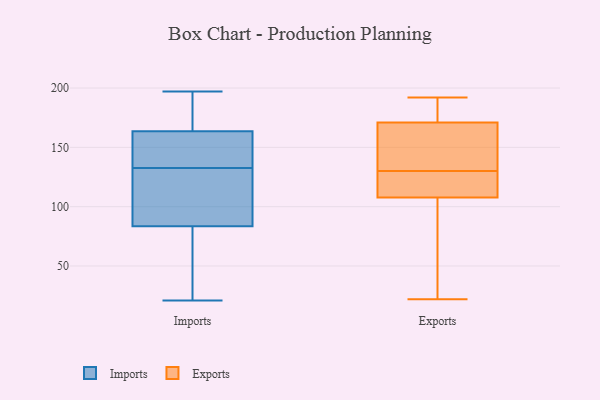
{"axis": {"x": "Net Income (USD K)", "y": "Value"}, "legend": ["Exports", "Imports"], "data": [{"x": "", "y": 197, "type": "Imports"}, {"x": "", "y": 145, "type": "Imports"}, {"x": "", "y": 196, "type": "Imports"}, {"x": "", "y": 85, "type": "Imports"}, {"x": "", "y": 164, "type": "Imports"}, {"x": "", "y": 157, "type": "Imports"}, {"x": "", "y": 21, "type": "Imports"}, {"x": "", "y": 96, "type": "Imports"}, {"x": "", "y": 99, "type": "Imports"}, {"x": "", "y": 72, "type": "Imports"}, {"x": "", "y": 78, "type": "Imports"}, {"x": "", "y": 171, "type": "Imports"}, {"x": "", "y": 163, "type": "Imports"}, {"x": "", "y": 120, "type": "Imports"}, {"x": "", "y": 146, "type": "Imports"}, {"x": "", "y": 82, "type": "Imports"}, {"x": "", "y": 180, "type": "Exports"}, {"x": "", "y": 22, "type": "Exports"}, {"x": "", "y": 120, "type": "Exports"}, {"x": "", "y": 71, "type": "Exports"}, {"x": "", "y": 192, "type": "Exports"}, {"x": "", "y": 123, "type": "Exports"}, {"x": "", "y": 130, "type": "Exports"}, {"x": "", "y": 122, "type": "Exports"}, {"x": "", "y": 33, "type": "Exports"}, {"x": "", "y": 185, "type": "Exports"}, {"x": "", "y": 161, "type": "Exports"}, {"x": "", "y": 149, "type": "Exports"}, {"x": "", "y": 168, "type": "Exports"}]}